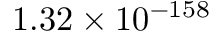
1 . 3 2 \times 1 0 ^ { - 1 5 8 }